Epidemic dropsy in Calcutta - Number 49
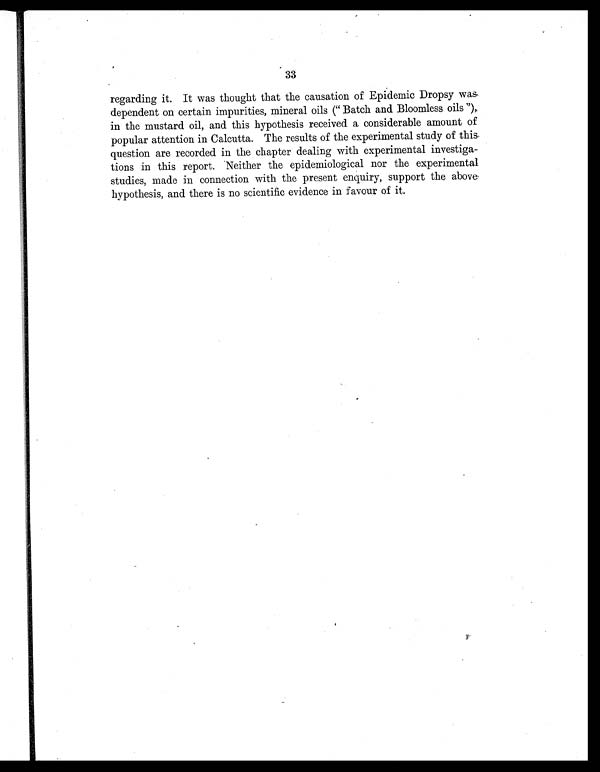
33
regarding it. It was thought that the causation of Epidemic Dropsy was
dependent on certain impurities, mineral oils ("Batch and Bloomless oils"),
in the mustard oil, and this hypothesis received a considerable amount of
popular attention in Calcutta. The results of the experimental study of this,
question are recorded in the chapter dealing with experimental investiga-
tions in this report. Neither the epidemiological nor the experimental
studies, made in connection with the present enquiry, support the above
hypothesis, and there is no scientific evidence in favour of it.
1n